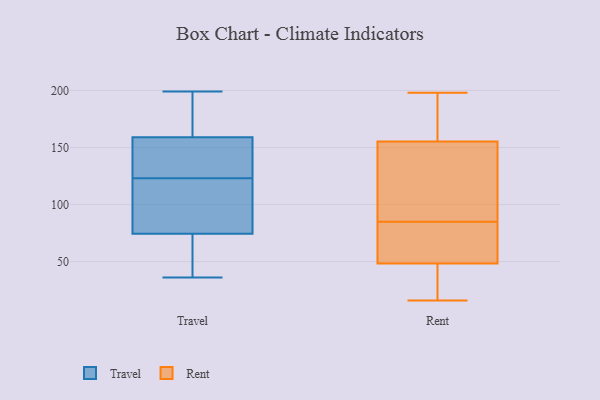
{"axis": {"x": "Demand Index", "y": "Value"}, "legend": ["Rent", "Travel"], "data": [{"x": "", "y": 65, "type": "Travel"}, {"x": "", "y": 156, "type": "Travel"}, {"x": "", "y": 141, "type": "Travel"}, {"x": "", "y": 197, "type": "Travel"}, {"x": "", "y": 162, "type": "Travel"}, {"x": "", "y": 199, "type": "Travel"}, {"x": "", "y": 36, "type": "Travel"}, {"x": "", "y": 103, "type": "Travel"}, {"x": "", "y": 105, "type": "Travel"}, {"x": "", "y": 154, "type": "Travel"}, {"x": "", "y": 59, "type": "Travel"}, {"x": "", "y": 84, "type": "Travel"}, {"x": "", "y": 85, "type": "Rent"}, {"x": "", "y": 27, "type": "Rent"}, {"x": "", "y": 198, "type": "Rent"}, {"x": "", "y": 187, "type": "Rent"}, {"x": "", "y": 52, "type": "Rent"}, {"x": "", "y": 102, "type": "Rent"}, {"x": "", "y": 89, "type": "Rent"}, {"x": "", "y": 16, "type": "Rent"}, {"x": "", "y": 82, "type": "Rent"}, {"x": "", "y": 173, "type": "Rent"}, {"x": "", "y": 47, "type": "Rent"}]}